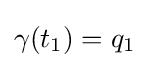
\gamma (t_{1})=q_{1}